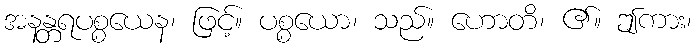
အနန္တရပစ္စယေန၊ ဖြင့်။ ပစ္စယော၊ သည်။ ဟောတိ၊ ၏။ ဤကား၊